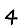
Digit: 4